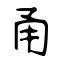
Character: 甬